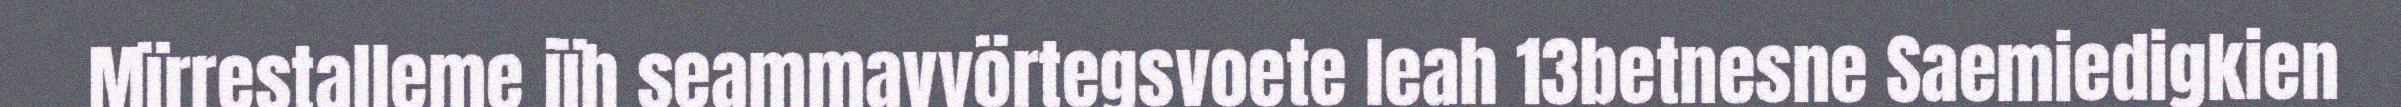
Mïrrestalleme jïh seammavyörtegsvoete leah 13betnesne Saemiedigkien